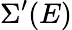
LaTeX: \Sigma^{\prime}(E)